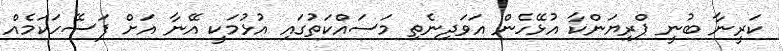
ކަރީނާ ބުނީ ޕްރިޔަންކާ އުޅޭހެން އަވަދިނެތި މަސައްކަތުގައި އުޅުމަކީ އޭނާ އަށް ފަސޭހަކަމެއް